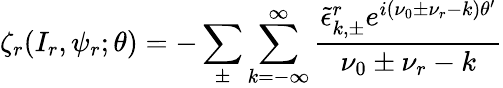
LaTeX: \zeta_{r}(I_{r},\psi_{r};\theta)=-\sum_{\pm}\sum_{k=-\infty}^{\infty}\frac{\tilde{\epsilon}_{k,\pm}^{r}e^{i(\nu_{0}\pm\nu_{r}-k)\theta^{\prime}}}{\nu_{0}\pm\nu_{r}-k}